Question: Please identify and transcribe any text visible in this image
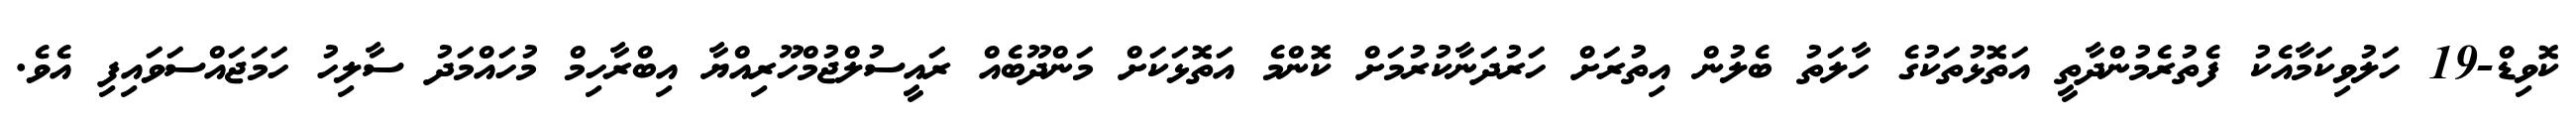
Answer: ކޮވިޑް-19 ހަލުވިކަމާއެކު ފެތުރެމުންދާތީ އަތޮޅުތަކުގެ ހާލަތު ބެލުން އިތުރަށް ހަރުދަނާކުރުމަށް ކޮންމެ އަތޮޅަކަށް މަންދޫބެއް ރައީސުލްޖުމްހޫރިއްޔާ އިބްރާހިމް މުހައްމަދު ސާލިހު ހަމަޖައްސަވައިފި އެވެ.